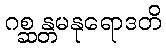
ဂစ္ဆန္တမနုရောဒတိ